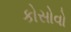
કોસોવો